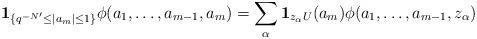
LaTeX: \begin{align*}\mathbf{1}_{\{q^{-N'}\leq |a_m|\leq 1\}}\phi(a_1,\dots,a_{m-1},a_m)=\sum_\alpha \mathbf{1}_{z_\alpha U}(a_m)\phi(a_1,\dots,a_{m-1},z_\alpha)\end{align*}